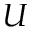
U